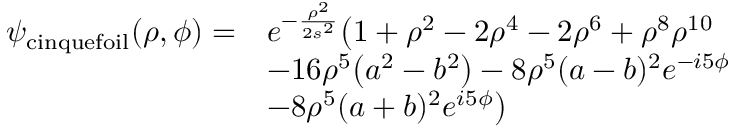
\begin{array} { r l } { \psi _ { \mathrm { c i n q u e f o i l } } ( \rho , \phi ) = } & { e ^ { - \frac { \rho ^ { 2 } } { 2 s ^ { 2 } } } \bigr ( 1 + \rho ^ { 2 } - 2 \rho ^ { 4 } - 2 \rho ^ { 6 } + \rho ^ { 8 } \rho ^ { 1 0 } } \\ & { - 1 6 \rho ^ { 5 } \bigr ( a ^ { 2 } - b ^ { 2 } \bigr ) - 8 \rho ^ { 5 } ( a - b ) ^ { 2 } e ^ { - i 5 \phi } } \\ & { - 8 \rho ^ { 5 } ( a + b ) ^ { 2 } e ^ { i 5 \phi } \bigr ) } \end{array}